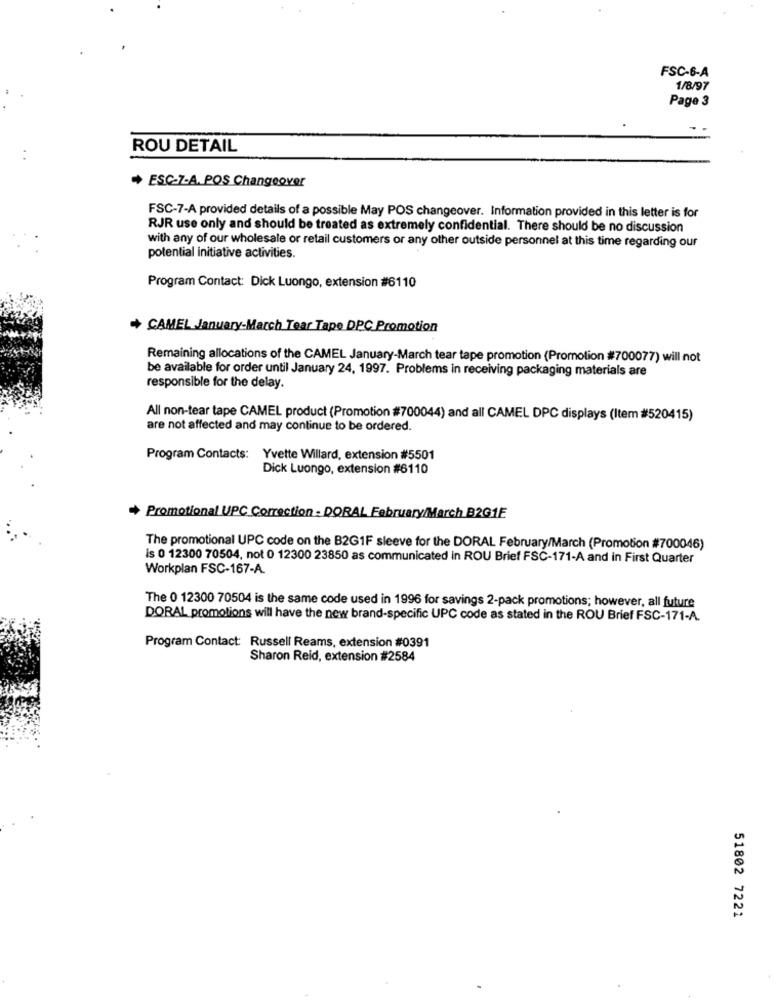
FSC-6-A
1/8/97
Page 3
ROU DETAIL
..
+ ESC-7-A. POS Changeover
FSC-7-A provided details of a possible May POS changeover. Information provided in this letter is for
RJR use only and should be treated as extremely confidential. There should be no discussion
with any of our wholesale or retail customers or any other outside personnel at this time regarding our
potential initiative activities.
Program Contact: Dick Luongo, extension #6110
+ CAMEL January-March Tear Tape DPC Promotion
Remaining allocations of the CAMEL January-March tear tape promotion (Promotion #700077) will not
be available for order until January 24, 1997. Problems in receiving packaging materials are
responsible for the delay.
All non-tear tape CAMEL product (Promotion #700044) and all CAMEL DPC displays (Item #520415)
are not affected and may continue to be ordered.
Program Contacts: Yvette Willard, extension #5501
Dick Luongo, extension #6110
Promotional UPC Correction - DORAL February/March B201E
The promotional UPC code on the B2GIF sleeve for the DORAL February/March (Promotion #700046)
is 0 12300 70504, not 0 12300 23850 as communicated in ROU Brief FSC-171-A and in First Quarter
Workplan FSC-167-A.
The 0 12300 70504 is the same code used in 1996 for savings 2-pack promotions; however, all future
DORAL promotions will have the new brand-specific UPC code as stated in the ROU Brief FSC-171-A.
Program Contact: Russell Reams, extension #0391
Sharon Reid, extension #2584
51802 7221